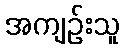
အကျဉ်းသူ